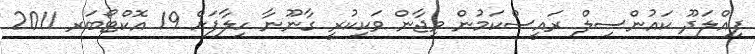
ފިއްލަދޫ ކައުންސިލް ރައީސްކަމުން ވިޖާން ވަކިކުރީ ގާނޫނާ ހިލާފަށް 19 އޮކްޓޯބަރ 2011